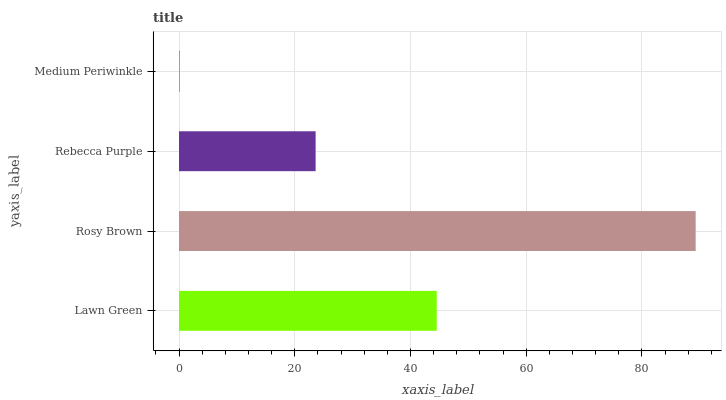
| yaxis_label | bars |
 | --- | --- |
 | Lawn Green | 44.5 |
 | Rosy Brown | 89.3 |
 | Rebecca Purple | 23.6 |
 | Medium Periwinkle | 0.118 |